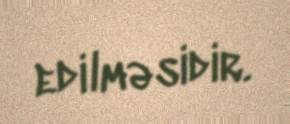
edilməsidir.